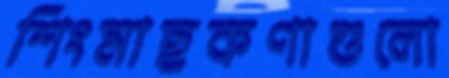
শিংমাছকণাগুলো